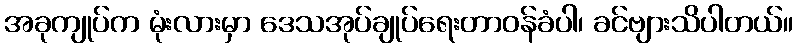
အခုကျုပ်က မုံးလားမှာ ဒေသအုပ်ချုပ်ရေးတာဝန်ခံပါ၊ ခင်ဗျားသိပါတယ်။